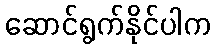
ဆောင်ရွက်နိုင်ပါက